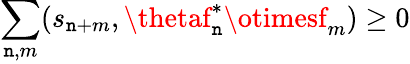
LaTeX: \sum_{\mathtt{n},m}(s_{\mathtt{n}+m},\thetaf_{\mathtt{n}}^{\ast}\otimesf_{m})\geq0